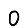
Digit: 0